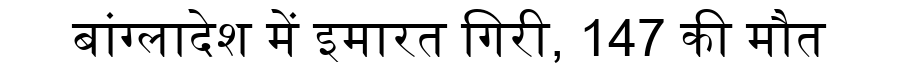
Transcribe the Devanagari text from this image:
बांग्लादेश में इमारत गिरी, 147 की मौत